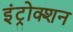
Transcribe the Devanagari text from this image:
इंट्रोक्शन